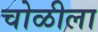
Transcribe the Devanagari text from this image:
चोळीला